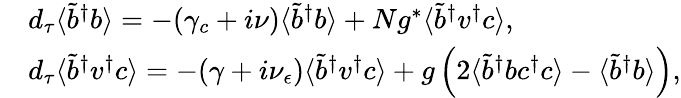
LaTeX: \begin{array}{rl}&{d_{\tau}\langle\tilde{b}^{\dagger}b\rangle=-(\gamma_{c}+i\nu)\langle\tilde{b}^{\dagger}b\rangle+Ng^{*}\langle\tilde{b}^{\dagger}v^{\dagger}c\rangle,}\\ &{d_{\tau}\langle\tilde{b}^{\dagger}v^{\dagger}c\rangle=-(\gamma+i\nu_{\epsilon})\langle\tilde{b}^{\dagger}v^{\dagger}c\rangle+g\left(2\langle\tilde{b}^{\dagger}bc^{\dagger}c\rangle-\langle\tilde{b}^{\dagger}b\rangle\right),}\end{array}